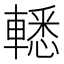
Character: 𨎒